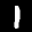
Label: 1